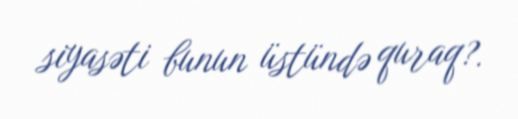
siyasəti bunun üstündə quraq?.